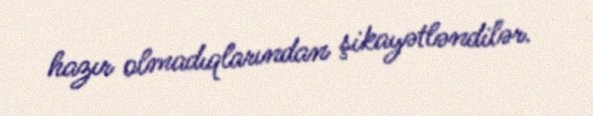
hazır olmadıqlarından şikayətləndilər.